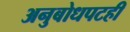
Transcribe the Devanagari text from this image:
अनुबोधपटही